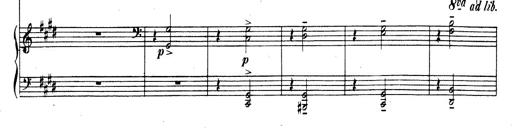
Title: Rhapsodie espagnole
Composer: Franz Liszt